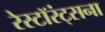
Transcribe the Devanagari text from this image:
रेस्टॉरंट्सना